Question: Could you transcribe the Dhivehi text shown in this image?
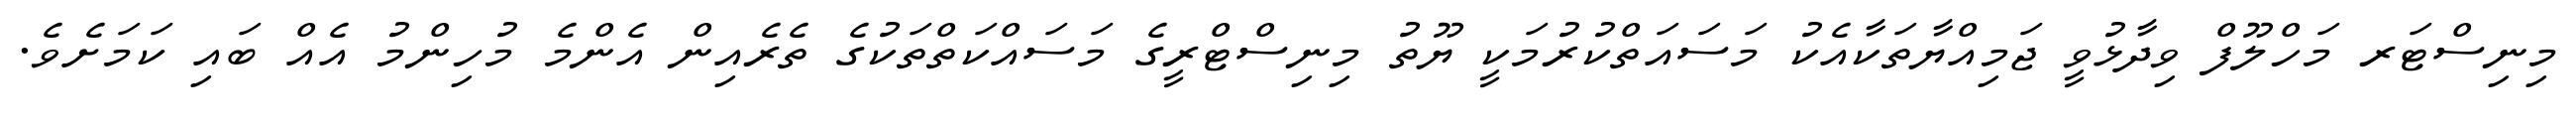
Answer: މިނިސްޓަރ މަހްލޫފް ވިދާޅުވީ ޖަމިއްޔާތަކާއެކު މަސައަތްކުރުމަކީ ޔޫތު މިނިސްޓްރީގެ މަސައްކަތްތަކުގެ ތެރެއިން އެންމެ މުހިންމު އެއް ބައި ކަމަށެވެ.